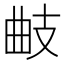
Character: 𢻅